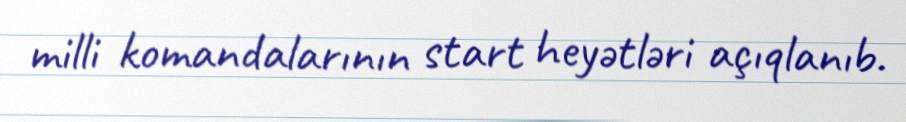
milli komandalarının start heyətləri açıqlanıb.